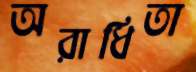
অরাধিতা